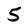
Character: 5